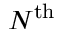
N ^ { \mathrm { t h } }